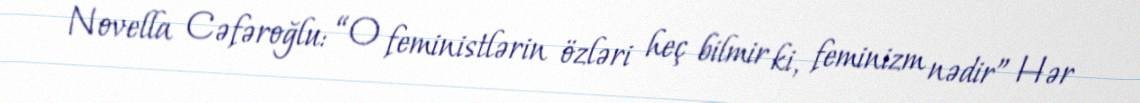
Novella Cəfəroğlu: “O feministlərin özləri heç bilmir ki, feminizm nədir” Hər